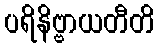
ပရိနိဗ္ဗာယတီတိ